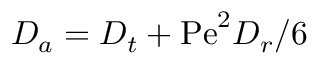
D _ { a } = D _ { t } + \mathrm { P e } ^ { 2 } D _ { r } / 6